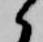
候